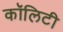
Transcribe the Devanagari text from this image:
कॉलिटी